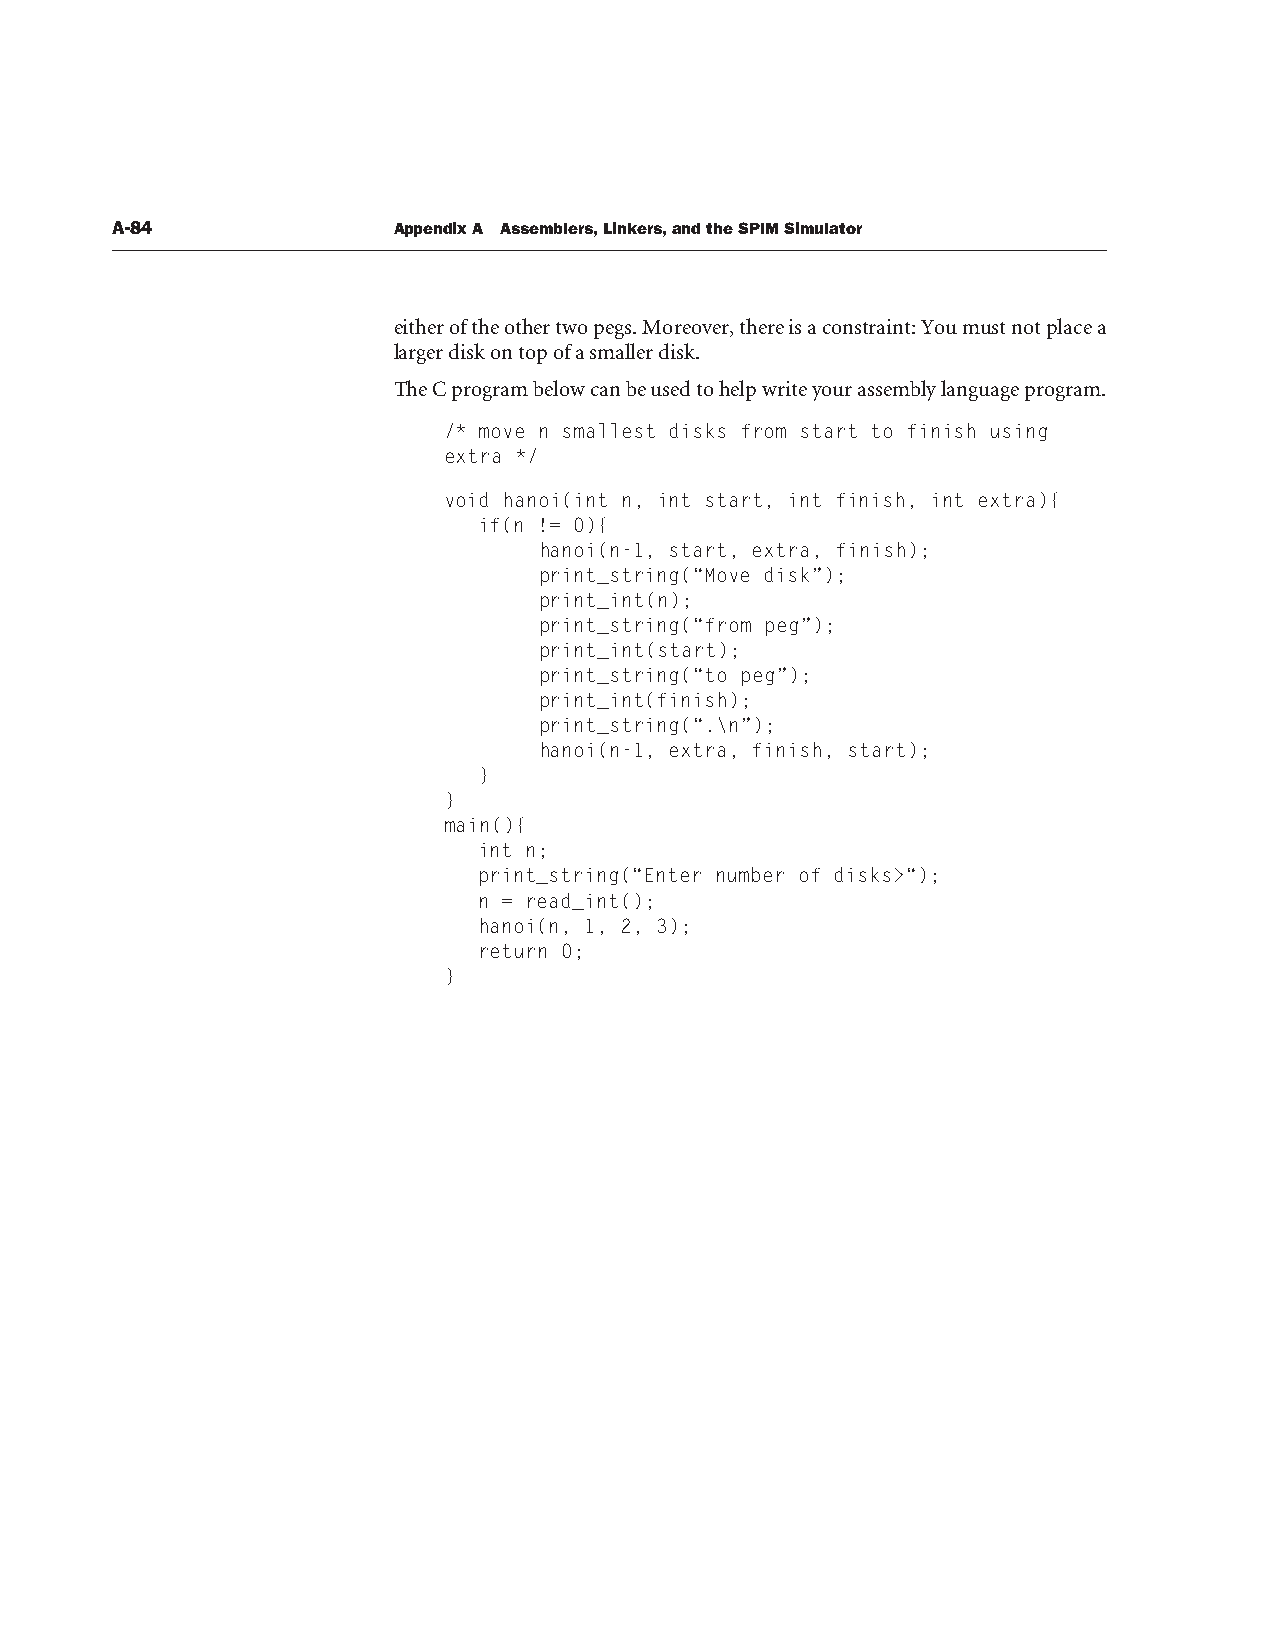
A-84               Appendix A Assemblers, Linkers, and the SPIM Simulator
 either of the other two pegs. Moreover, there is a constraint: You must not place a
 larger disk on top of a smaller disk.
 The C program below can be used to help write your assembly language program.
 /* move n smallest disks from start to finish using
 extra */
 void hanoi(int n, int start, int finish, int extra){
 if(n != 0){
 hanoi(n-1, start, extra, finish);
 print_string(“Move disk”);
 print_int(n);
 print_string(“from peg”);
 print_int(start);
 print_string(“to peg”);
 print_int(finish);
 print_string(“.\n”);
 hanoi(n-1, extra, finish, start);
 }
 }
 main(){
 int n;
 print_string(“Enter number of disks>“);
 n = read_int();
 hanoi(n, 1, 2, 3);
 return 0;
 }